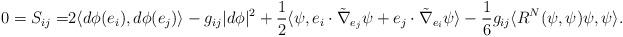
LaTeX: \begin{align*}0=S_{ij}=&2\langle d\phi(e_i),d\phi(e_j)\rangle-g_{ij}|d\phi|^2+\frac{1}{2}\langle\psi,e_i\cdot\tilde\nabla_{e_j}\psi+e_j\cdot\tilde\nabla_{e_i}\psi\rangle -\frac{1}{6}g_{ij}\langle R^N(\psi,\psi)\psi,\psi\rangle.\end{align*}